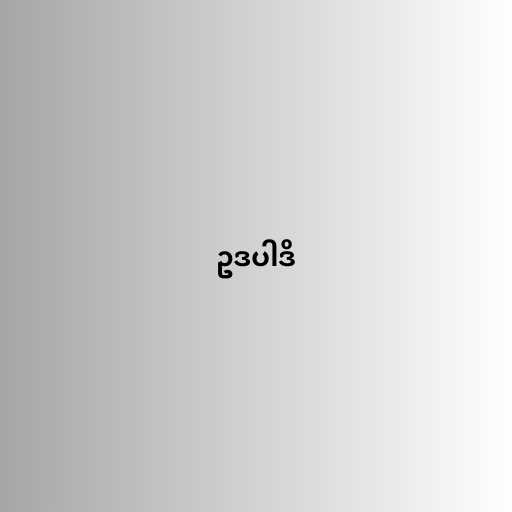
ဥဒပါဒိ